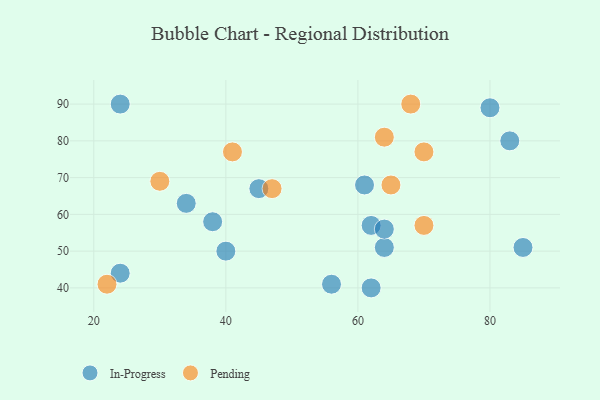
{"axis": {"x": "GDP", "y": "Life Expectancy"}, "legend": ["In-Progress", "Pending"], "data": [{"x": "83", "y": 80, "type": "In-Progress"}, {"x": "64", "y": 51, "type": "In-Progress"}, {"x": "62", "y": 57, "type": "In-Progress"}, {"x": "38", "y": 58, "type": "In-Progress"}, {"x": "45", "y": 67, "type": "In-Progress"}, {"x": "64", "y": 56, "type": "In-Progress"}, {"x": "24", "y": 44, "type": "In-Progress"}, {"x": "61", "y": 68, "type": "In-Progress"}, {"x": "34", "y": 63, "type": "In-Progress"}, {"x": "62", "y": 40, "type": "In-Progress"}, {"x": "80", "y": 89, "type": "In-Progress"}, {"x": "56", "y": 41, "type": "In-Progress"}, {"x": "40", "y": 50, "type": "In-Progress"}, {"x": "85", "y": 51, "type": "In-Progress"}, {"x": "24", "y": 90, "type": "In-Progress"}, {"x": "68", "y": 90, "type": "Pending"}, {"x": "22", "y": 41, "type": "Pending"}, {"x": "70", "y": 77, "type": "Pending"}, {"x": "65", "y": 68, "type": "Pending"}, {"x": "41", "y": 77, "type": "Pending"}, {"x": "47", "y": 67, "type": "Pending"}, {"x": "70", "y": 57, "type": "Pending"}, {"x": "30", "y": 69, "type": "Pending"}, {"x": "64", "y": 81, "type": "Pending"}]}